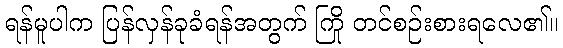
ရန်မူပါက ပြန်လှန်ခုခံရန်အတွက် ကြို တင်စဉ်းစားရလေ၏။